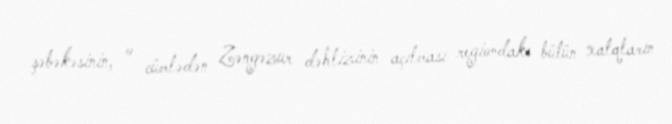
şəbəkəsinin, o cümlədən Zəngəzur dəhlizinin açılması regiondakı bütün xalqların